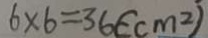
6 \times 6 = 3 6 ( c m ^ { 2 } )